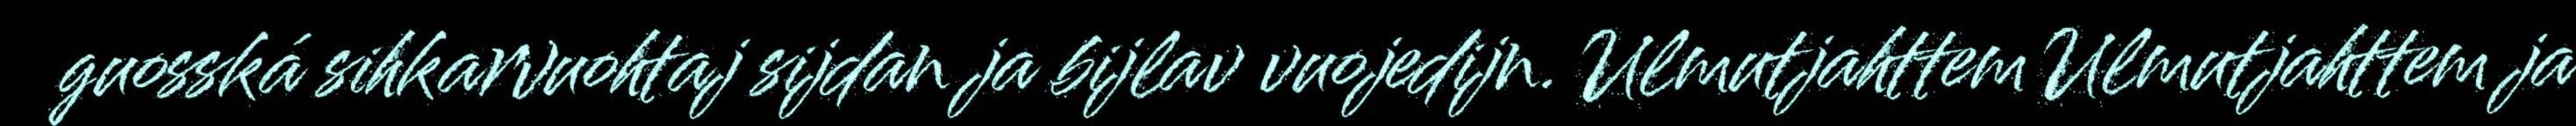
guosská sihkarvuohtaj sijdan ja bijlav vuojedijn. Ulmutjahttem Ulmutjahttem ja